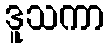
ဒူသကာ